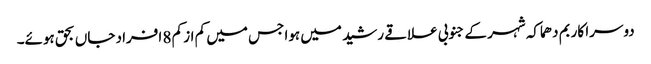
دوسرا کار بم دھماکہ شہر کے جنوبی علاقے رشید میں ہوا جس میں کم از کم 8 افراد جاں بحق ہوئے۔